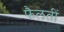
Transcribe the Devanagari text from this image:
फैलतीं